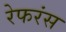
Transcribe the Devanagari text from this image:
रेफरंस